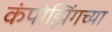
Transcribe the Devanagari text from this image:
कंपोझिंगच्या